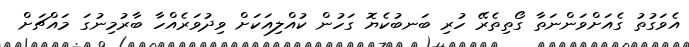
އެވަގުތު ގެއަށްވަންނަތާ ގޯތިތެރޭ ހުރި ބަނބުކެޔޮ ގަހުން ކުއްލިއަކަށް ވިދުވަރެއްހާ ބާރުމިނުގަ މައްޗަށް